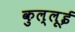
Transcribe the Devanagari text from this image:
कुल्लूई